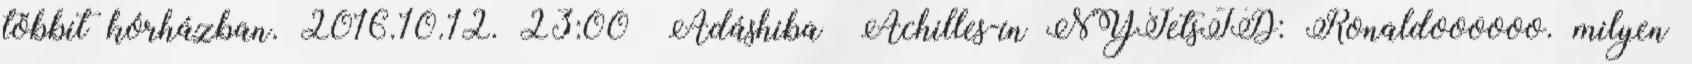
többit kórházban. 2016.10.12. 23:00 Adáshiba Achilles-ín NYJetsTD: Ronaldoooooo. milyen